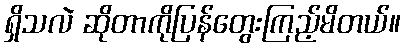
ရှိသလဲ ဆိုတာကိုပြန်တွေးကြည့်မိတယ်။